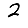
Digit: 2